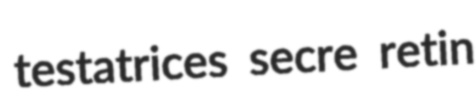
testatrices secre retin